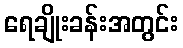
ရေချိုးခန်းအတွင်း